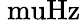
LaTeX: \mathrm{{\ muHz}}